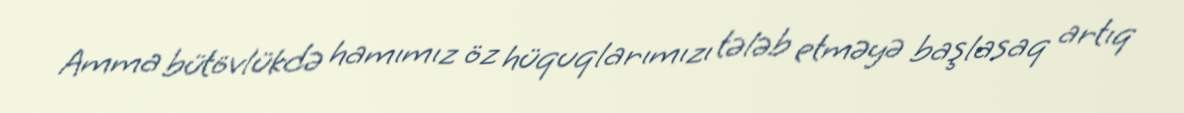
Amma bütövlükdə hamımız öz hüquqlarımızı tələb etməyə başlasaq artıq